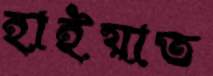
হাইয়াত